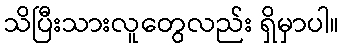
သိပြီးသားလူတွေလည်း ရှိမှာပါ။